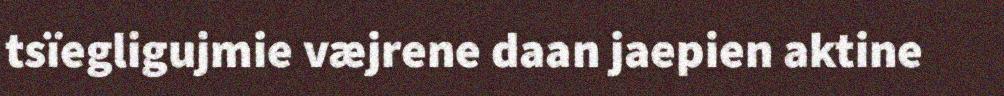
tsïegligujmie væjrene daan jaepien aktine